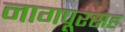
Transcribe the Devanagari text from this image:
नागपूरसह